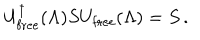
U _ { \mathrm { f r e e } } ^ { \dagger } ( \Lambda ) S U _ { \mathrm { f r e e } } ( \Lambda ) = S \, .